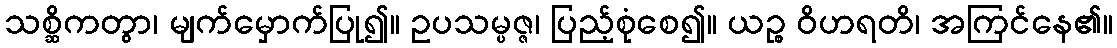
သစ္ဆိကတွာ၊ မျက်မှောက်ပြု၍။ ဥပသမ္ပဇ္ဇ၊ ပြည့်စုံစေ၍။ ယဉ္စ ဝိဟရတိ၊ အကြင်နေ၏။